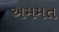
અમમત